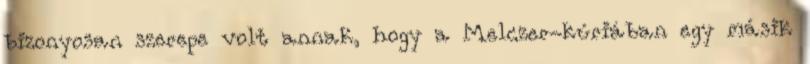
bizonyosan szerepe volt annak, hogy a Melczer-kúriában egy másik